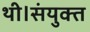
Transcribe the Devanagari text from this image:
थी।संयुक्त